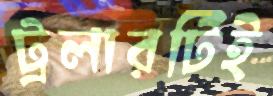
ট্রলারটিই